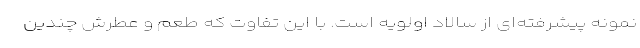
نمونه پیشرفته‌ای از سالاد اولویه است. با این تفاوت که طعم و عطرش چندین